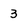
Character: 3